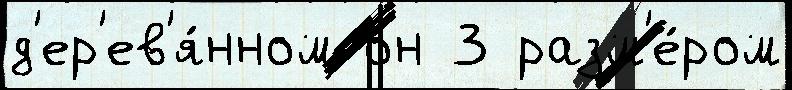
д'ер'ев'я́нном он 3 разм'е́ром